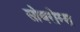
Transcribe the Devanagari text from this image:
सोवरोम्स